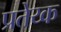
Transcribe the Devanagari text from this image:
प्रतेय्क